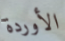
الأوردة